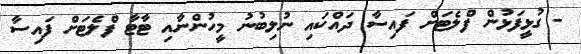
- ގުޅީފަޅުން ފްލެޓަށް ފައިސާ ދައްކައި ނުލިބުނު މީހުންނާއި ޓާޓާ ފްލެޓަށް ފައިސާ